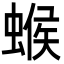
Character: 䗔